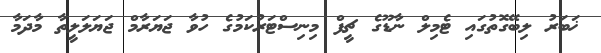
ޚަބަރު ލިބޭގޮތުގައި ޓެމިލް ނާޑޫގެ ޗީފް މިނިސްޓަރުކަމުގެ ހުވާ ޖަޔަރާމް ޖަޔަލަލީތާ މާދަމާ